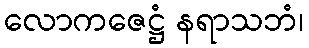
လောကဇေဋ္ဌံ နရာသဘံ၊